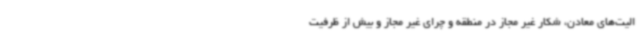
الیت‌های معادن، شکار غیر مجاز در منطقه و چرای غیر مجاز و بیش از ظرفیت